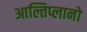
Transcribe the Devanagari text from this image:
आल्तिप्लानो